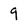
Character: 9